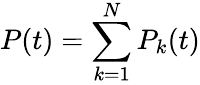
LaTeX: P(t)=\sum_{k=1}^{N}P_{k}(t)